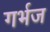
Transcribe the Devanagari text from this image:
गर्भज